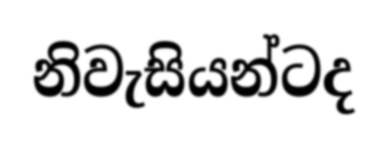
නිවැසියන්ටද